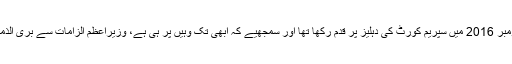
اس مقدمے نے نومبر 2016 میں سپریم کورٹ کی دہلیز پر قدم رکھا تھا اور سمجھیے کہ ابھی تک وہیں پر ہی ہے، وزیراعظم الزامات سے بری الذمہ قرار نہیں پائے۔